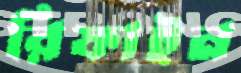
রিফাইন